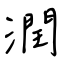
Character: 潤